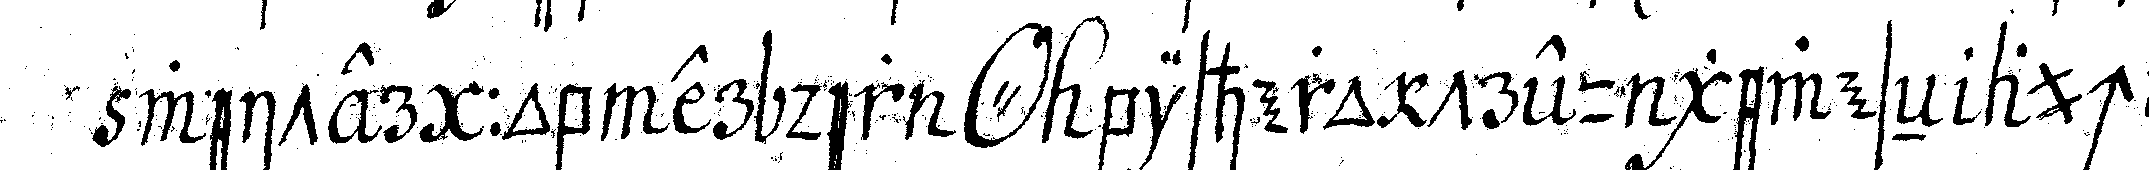
weiter : ob er der *o* bishero treu geweseN auch